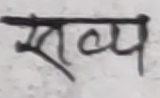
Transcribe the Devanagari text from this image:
साव्य